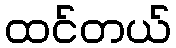
ထင်တယ်